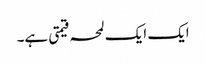
ایک ایک لمحہ قیمتی ہے۔